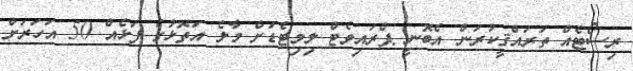
ރިސޯޓެއް ތަރައްޤީކުރަން އެބޮނީ ޕްރައިވެޓް ލިމިޓެޑަށް މާލެ އަތޮޅުގެ ފަޅެއް 50 އަހަރަށް